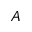
A